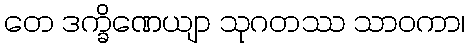
တေ ဒက္ခိဏေယျာ သုဂတဿ သာဝကာ၊